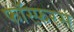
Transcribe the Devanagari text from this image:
फॉस्फ़रस